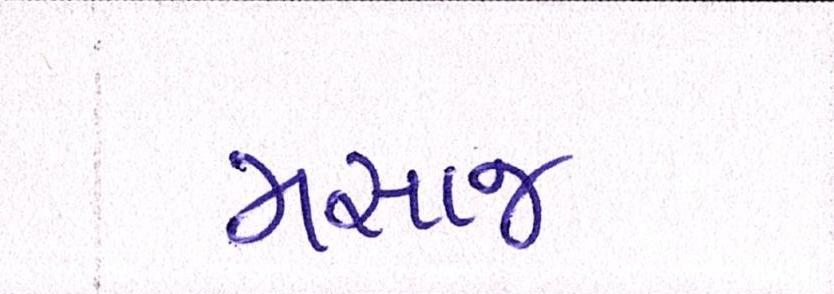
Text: મસાજ